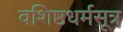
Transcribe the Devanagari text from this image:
वशिष्ठधर्मसूत्र